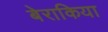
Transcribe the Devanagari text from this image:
बेराकिया